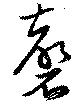
磬